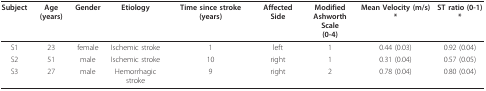
<table><thead><tr><td><b>Subject</b></td><td><b>Age (years)</b></td><td><b>Gender</b></td><td><b>Etiology</b></td><td><b>Time since stroke (years)</b></td><td><b>Affected Side</b></td><td><b>ModifiedAshworth Scale(0-4)</b></td><td><b>Mean Velocity (m/s) *</b></td><td><b>ST ratio (0-1) *</b></td></tr></thead><tbody><tr><td>S1</td><td>23</td><td>female</td><td>Ischemic stroke</td><td>1</td><td>left</td><td>1</td><td>0.44 (0.03)</td><td>0.92 (0.04)</td></tr><tr><td>S2</td><td>51</td><td>male</td><td>Ischemic stroke</td><td>10</td><td>right</td><td>1</td><td>0.31 (0.04)</td><td>0.57 (0.05)</td></tr><tr><td>S3</td><td>27</td><td>male</td><td>Hemorrhagic stroke</td><td>9</td><td>right</td><td>2</td><td>0.78 (0.04)</td><td>0.80 (0.04)</td></tr></tbody></table>